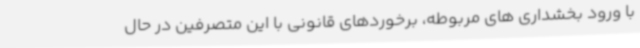
با ورود بخشداری های مربوطه، برخوردهای قانونی با این متصرفین در حال